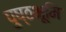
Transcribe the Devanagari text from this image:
पुष्ठभूमि